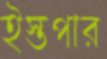
ইস্তপার